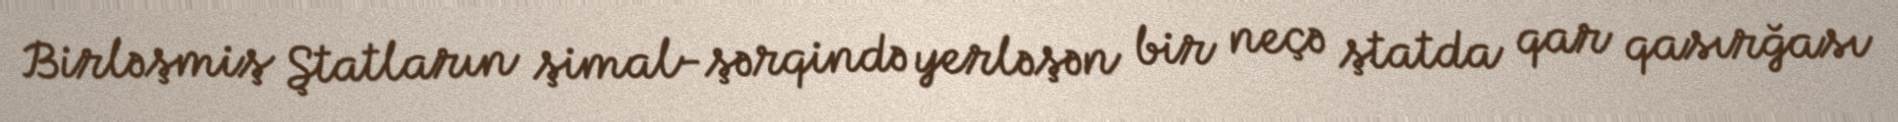
Birləşmiş Ştatların şimal-şərqində yerləşən bir neçə ştatda qar qasırğası